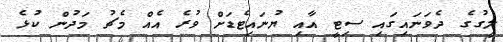
ލީގުގެ ދެވަނައިގައި ސިޓީ އާއި ޔުނައިޓެޑަށް ވުރެ އެއް މެޗު މަދުން ކުޅެ